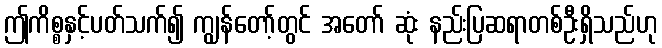
ဤကိစ္စနှင့်ပတ်သက်၍ ကျွန်တော့်တွင် အတော် ဆုံး နည်းပြဆရာတစ်ဦးရှိသည်ဟု